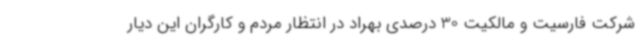
شرکت فارسیت و مالکیت 30 درصدی بهراد در انتظار مردم و کارگران این دیار